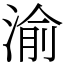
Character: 渝